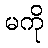
မကို